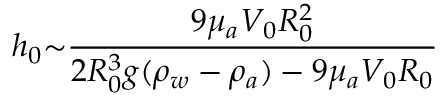
h _ { 0 } { \sim } \frac { 9 { \mu } _ { a } V _ { 0 } R _ { 0 } ^ { 2 } } { 2 R _ { 0 } ^ { 3 } g ( { \rho } _ { w } - { \rho } _ { a } ) - 9 { \mu } _ { a } V _ { 0 } R _ { 0 } }